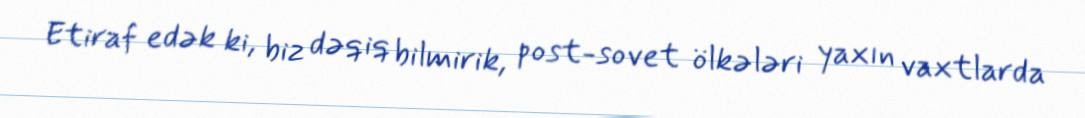
Etiraf edək ki, biz dəqiq bilmirik, post-sovet ölkələri yaxın vaxtlarda